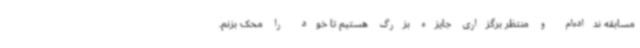
مسابقه نداده‌ام و منتظر برگزاری جایزه بزرگ هستیم تا خود را محک بزنم.